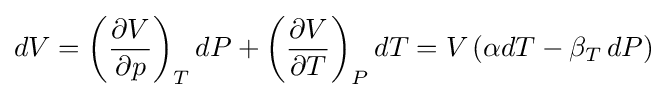
dV=\left({\frac {\partial V}{\partial p}}\right)_{T}dP+\left({\frac {\partial V}{\partial T}}\right)_{P}dT=V\left(\alpha dT-\beta _{T}\,dP\right)